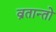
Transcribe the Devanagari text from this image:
व्रतान्तो